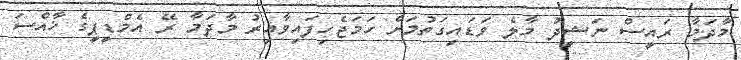
މާދަމާ ރައީސް ނަޝީދު މާލެ ވަޑައިގަތުމަށް ހަމަޖެހިފައިވާއިރު މާދަމާ ރޭ އެމްޑީޕީގެ ޚާއްސަ